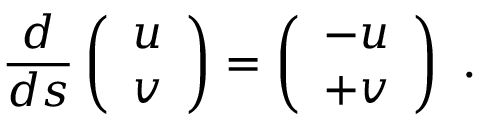
\frac { d } { d s } \left( \begin{array} { l } { u } \\ { v } \end{array} \right) = \left( \begin{array} { l } { - u } \\ { + v } \end{array} \right) \mathrm { ~ . ~ }